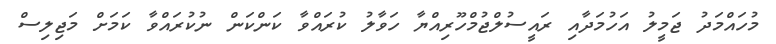
މުހައްމަދު ޖަމީލު އަހުމަދާއި ރައީސުލްޖުމްހޫރިއްޔާ ހަވާލު ކުރައްވާ ކަންކަން ނުކުރައްވާ ކަމަށް މަޖިލިސް